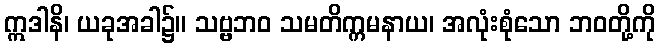
ဣဒါနိ၊ ယခုအခါ၌။ သဗ္ဗဘဝ သမတိက္ကမနာယ၊ အလုံးစုံသော ဘဝတို့ကို